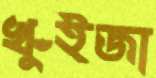
খুঁইজা